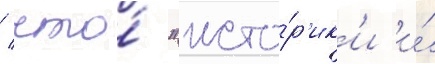
/ что́ "исто́р'ик'и и́